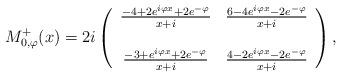
LaTeX: \begin{align*}M_{0, \varphi}^{+}(x) =2 i \left(\begin{array}{cc}\frac{-4 + 2 e^{i \varphi x} + 2 e^{- \varphi}}{x + i} & \frac{6 - 4 e^{i \varphi x} - 2 e^{- \varphi}}{x + i} \\& \\\frac{- 3 + e^{i \varphi x} + 2 e^{- \varphi}}{x + i} & \frac{4 - 2 e^{i \varphi x} - 2 e^{- \varphi}}{x + i}\end{array}\right),\end{align*}